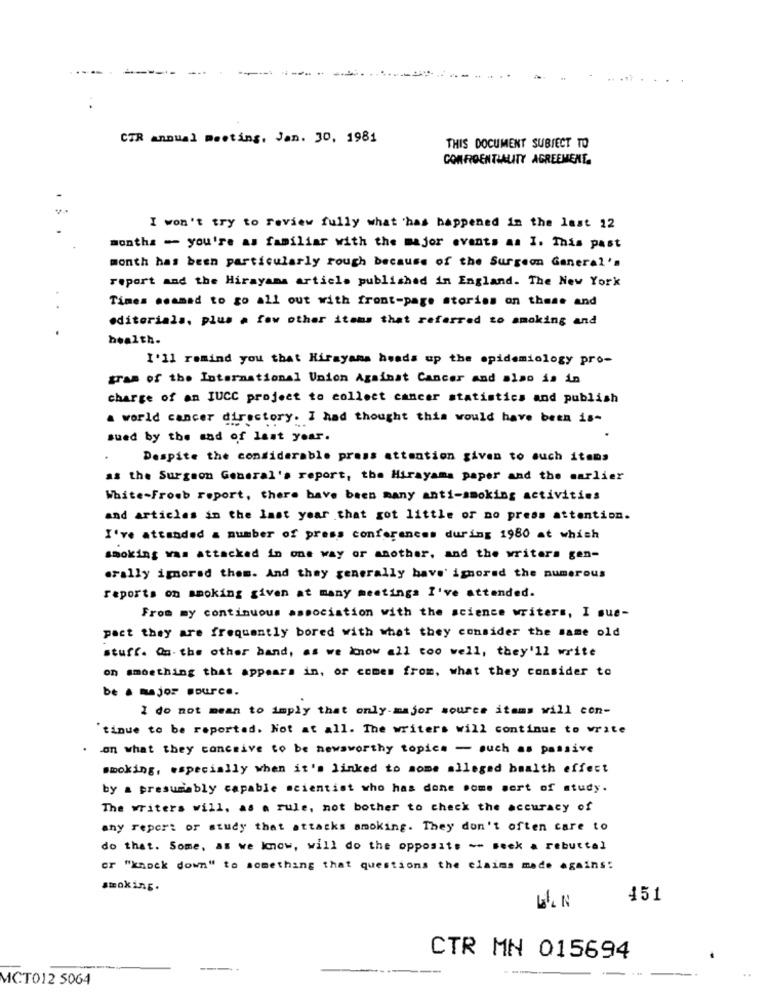
----
CTR annual meeting, Jan. 30, 1981
THIS DOCUMENT SUBIECT TO
CONFIDENTIALITY AGREEMENT.
I won't try to review fully what has happened in the last 12
months - you're as familiar with the major events as I. This past
month has been particularly rough because of the Surgeon General's
report and the Hirayana article published in England. The New York
Times seamed to go all out with front-page stories on these and
..
editorials, plus a few other items that referred to smoking and
health.
I'll remind you that Hirayama heads up the epidemiology pro-
gram of the International Union Against Cancer and also is in
charge of an IUCC project to collect cancer statistics and publish
a world cancer directory. I had thought this would have been is-
sued by the and of last year.
Despite the considerable press attention given to such items
as the Surgeon General's report, the Hirayama paper and the earlier
White-Froeb report, there have been many anti-smoking activities
and articles in the last year that got little or no press attention.
I've attended a number of press conferences during 1980 at which
smoking was attacked in one way or another, and the writers gen-
orally iporad them. And they generally have' ignored the numerous
reports on smoking given at many meetings I've attended.
From my continuous association with the science writers, I sus-
pact they are frequently bored with what they consider the same old
stuff. On the other hand, as we know all too well, they'll write
on smoething that appears in, or comes from, what they consider to
be a major source.
I do not mean to imply that only-major source items will con-
tinue to be reported. Not at all. The writers will continue to write
on what they conceive to be newsworthy topics - such as passive
smoking, especially when it's linked to some alleged health effect
by a presumably capable scientist who has done some sort of study.
The writers will, as a rule, not bother to check the accuracy of
any report of study that attacks smoking. They don't often care to
do that. Some, as we know, will do the opposite -- seek a rebuttal
or "knock down" to something that questions the claims made agains:
smoking.
451
CTR MN 015694
--
..
MCT012 5064